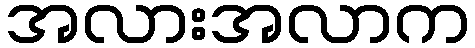
အလားအလာက